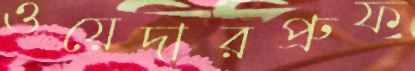
ওয়েদারপ্রুফ